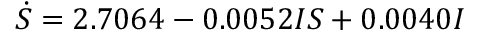
\dot { S } = 2 . 7 0 6 4 - 0 . 0 0 5 2 I S + 0 . 0 0 4 0 I